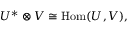
U ^ { * } \otimes V \cong \mathrm { H o m } ( U , V ) ,